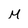
Character: M